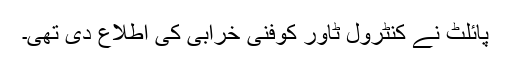
پائلٹ نے کنٹرول ٹاور کوفنی خرابی کی اطلاع دی تھی۔